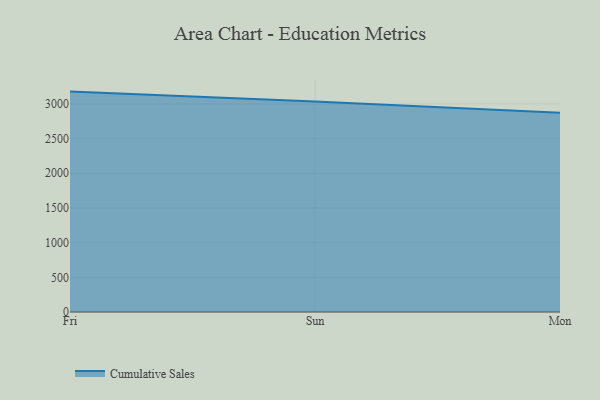
{"axis": {"x": "Day", "y": "Headcount"}, "legend": ["Cumulative Sales"], "data": [{"x": "Fri", "y": 3177.4, "type": "Cumulative Sales"}, {"x": "Sun", "y": 3034.3, "type": "Cumulative Sales"}, {"x": "Mon", "y": 2873.0, "type": "Cumulative Sales"}]}